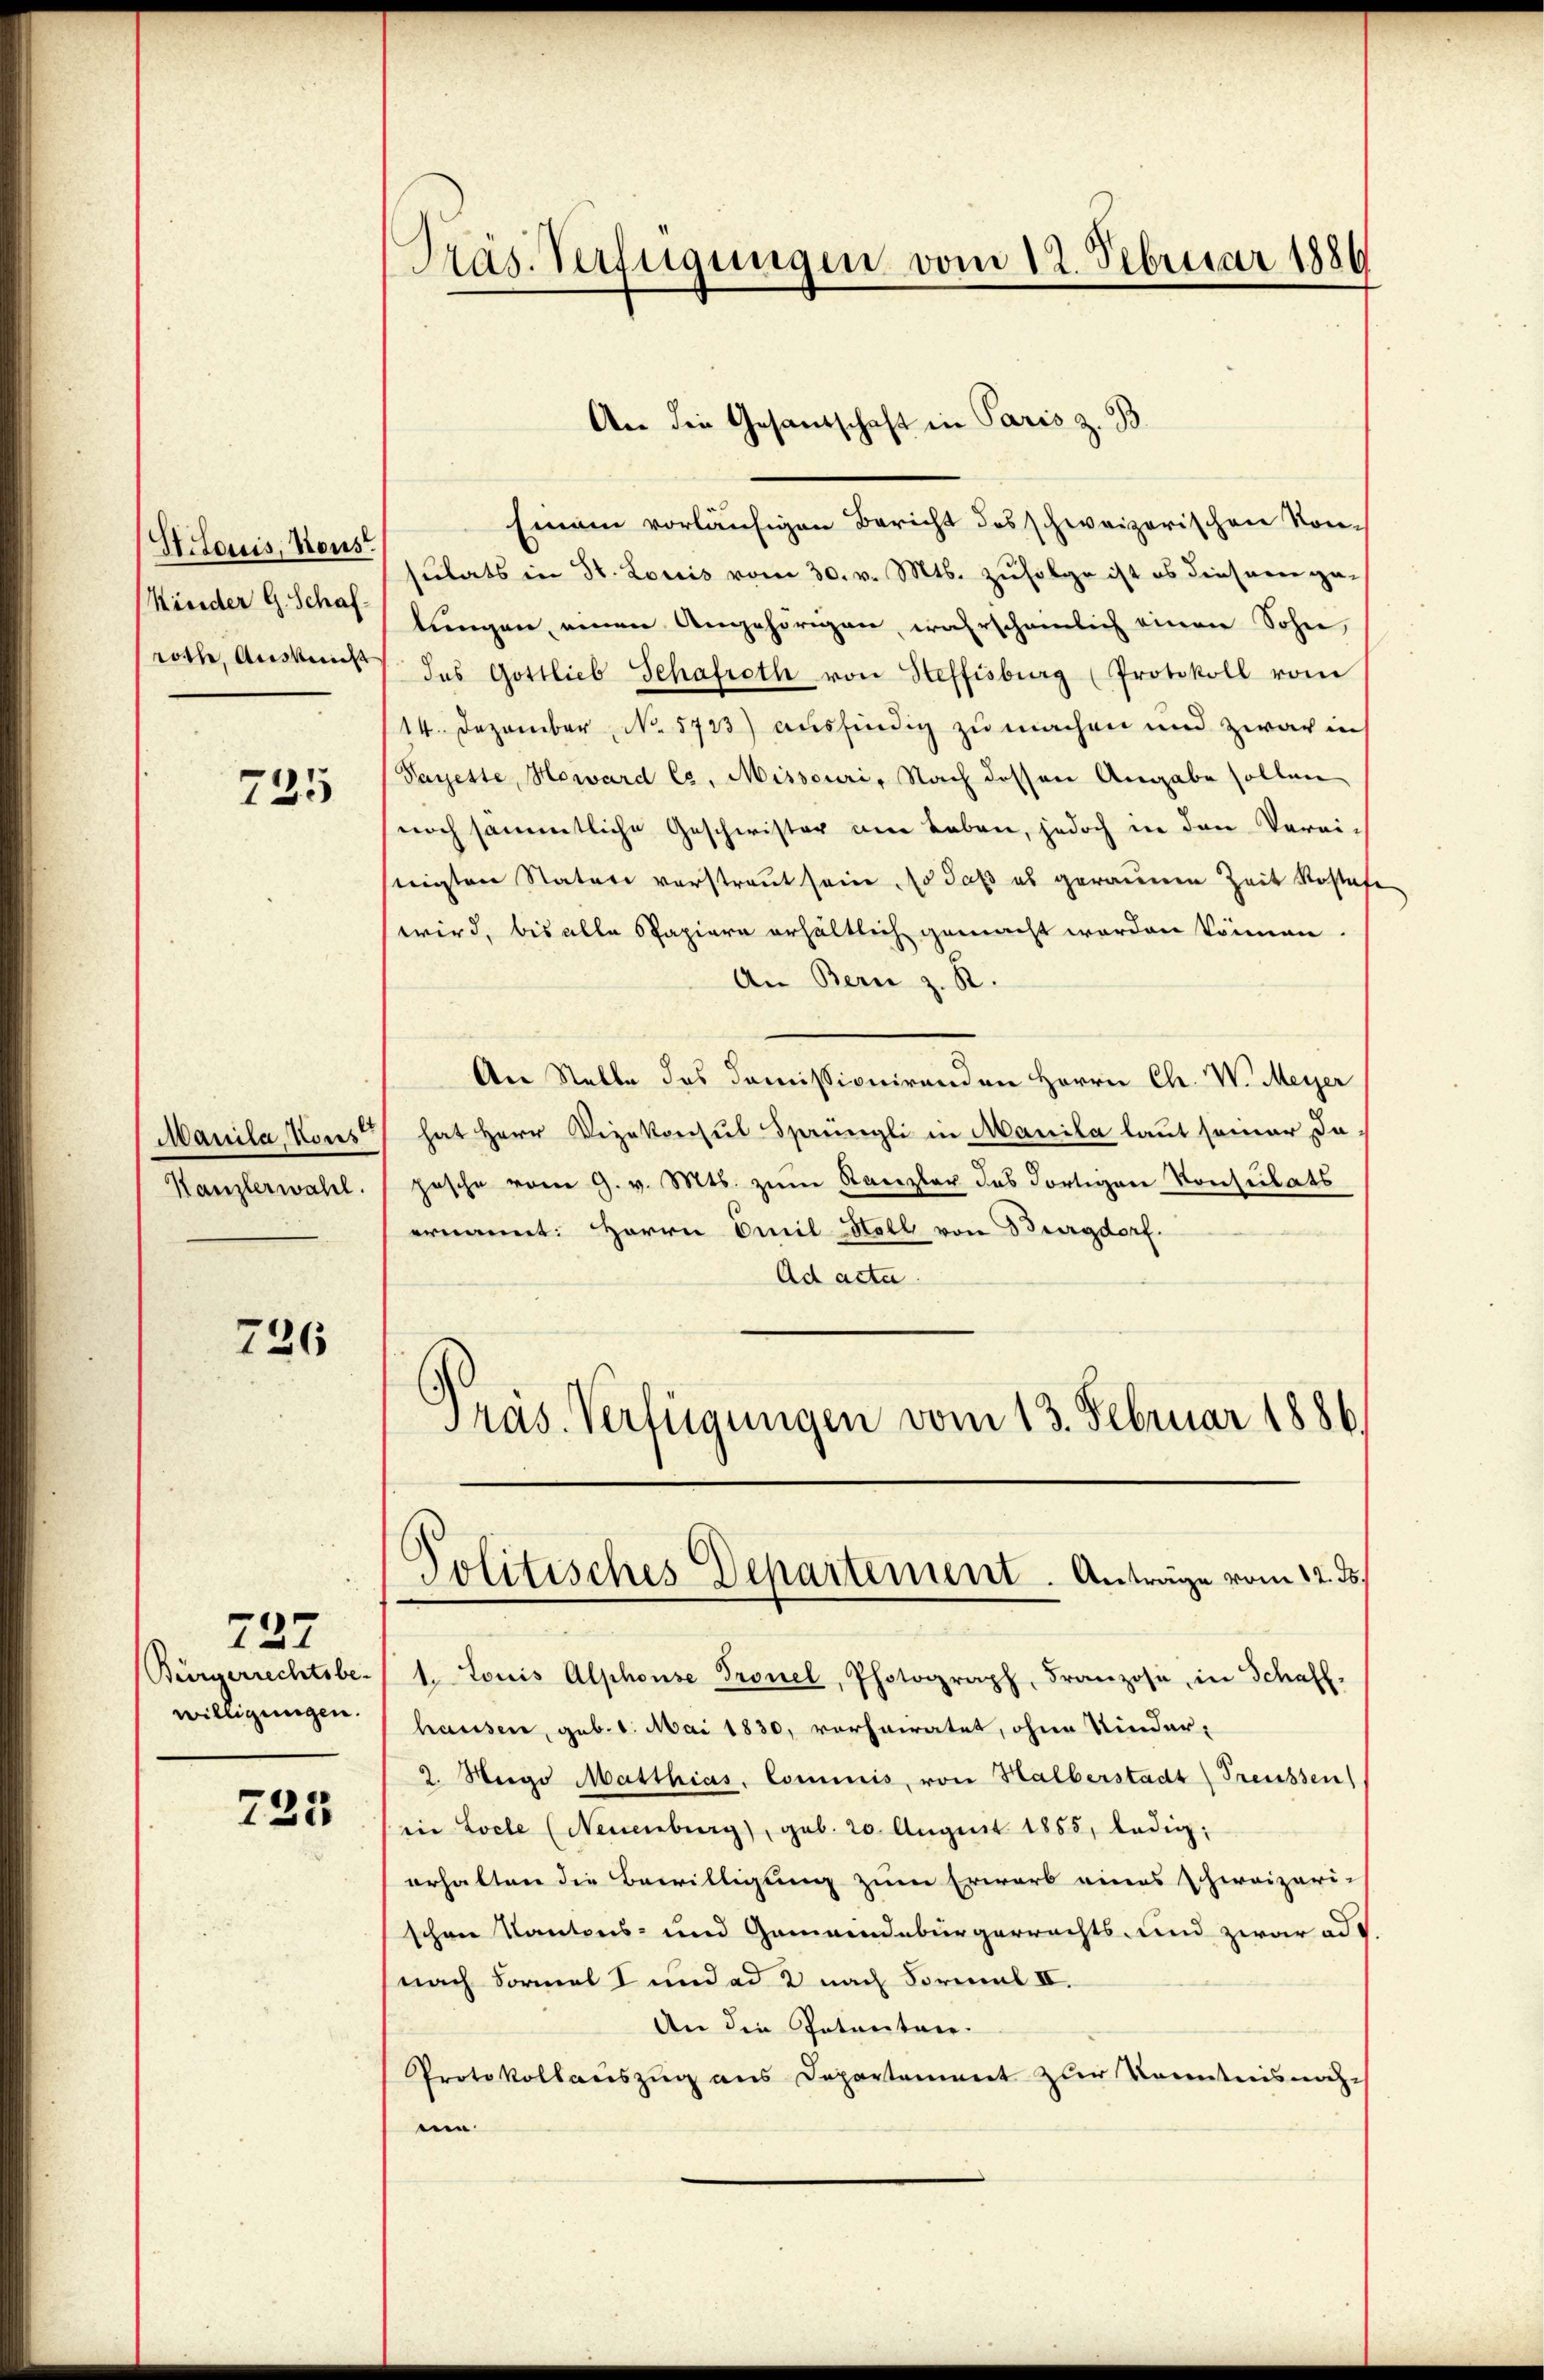
St. Louis, Nous
(Kinder G. Schafroth, Auskunft

725

Marila, Konst
Kanzlerwahl.

726

727
Bürgerrechtsbe-
willigungen.

725

Präs. Verfügungen vom 12. Februar 1886

Einem vorläufigen Bericht des schweizerischen Konsulats in St. Louis vom 30. v. Mts. zufolge ist es diesem ge-
lŭngen, einen Angehörigen, wahrscheinlich einen Sohn,
das Gottlieb Schafroth von Steffisburg (Protokoll vom
14. Dezember No. 5733) ausfindig zu machen und zwar in
Paueste, Heward Cs, Misseuri, Nach dessen Angabe sollen
noch sämmtliche Geschwister am Leben, jedoch in den Verei-
steigten Natur verstraut sein so daß es geraueren Zeit Rostafe
wird, bis alle Papiere erhältlich gemacht worden können
An Bern z. R.
An Stelle des domissionirenden Herrn Ch. W. Meyer
hat Herr Vizekonsul Sprüngli in Manila laut seiner Da
pasche vom 9. v. Mts. zum Kanzler das Fortigen Konsulats
ernannt: Herrn Emil Hall von Burgdorf.
Ad acta.
Präs. Verfügungen vom 13. Februar 1886.

An die Gesandschaft in Paris z. B

Politisches Departement. Anträge vom 12. ds.

t. Louis Alphonse Tronel, Photograph, Franzose, in Schaff-
haussen, geb. 1. Mai 1830, vorheiratet, ohne Kinder-
2. Weige Matthias, Commis, von Halberstadt Freissen
in Loche (Neuenburg), geb. 20. August 1855, ledig,
erhalten die Bewilligung zum Erwart eines Schweizeri-
schen Kantons- und Gemeindebürgerrechts- und zwar ad
nach Formel I und ad 2 nach Formal IV.
An die Intertare.
Protokollauszug aus Departement zur Kenntnis nach-
n